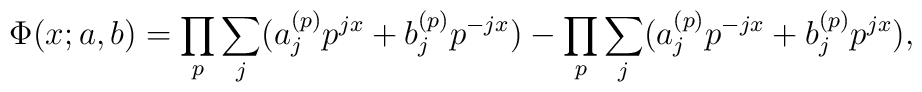
\Phi(x; a,b) = \prod\limits_p\sum_j (a^{(p)}_j p^{jx} + b^{(p)}_j p^{-jx})- \prod\limits_p\sum_j (a^{(p)}_j p^{-jx} + b^{(p)}_j p^{jx}),